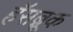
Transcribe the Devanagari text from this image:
हॅसब्रूक